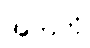
အဘကို